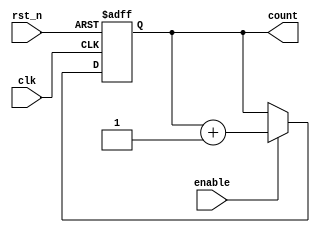
module ChainedParallelCounter #(
    parameter N = 4 // Number of bits for the counter
) (
    input wire clk,
    input wire rst_n,      // Active low reset
    input wire enable,     // Enable signal
    output reg [N-1:0] count // Counter output
);

// Chained Counter Logic
always @(posedge clk or negedge rst_n) begin
    if (!rst_n) begin
        count <= 0; // Reset the counter to 0
    end else if (enable) begin
        count <= count + 1; // Increment the counter
    end
end

endmodule